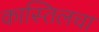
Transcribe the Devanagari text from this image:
कास्तिलचा